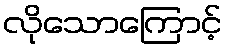
လိုသောကြောင့်